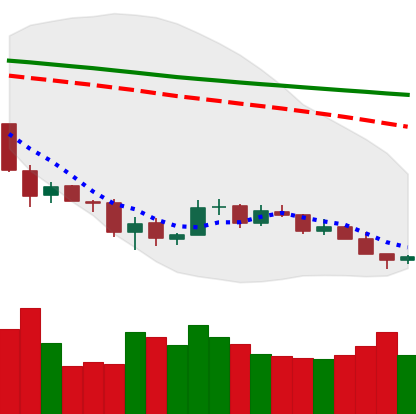
Ticker: BTC-USD
Chart end date: 2018-12-08
Forward return: -4.673%
Label: down_3_5